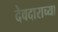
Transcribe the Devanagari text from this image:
देवदाराच्या